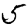
Digit: 5